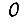
Digit: 0